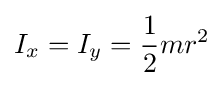
I_{x}=I_{y}={\frac {1}{2}}mr^{2}\,\!